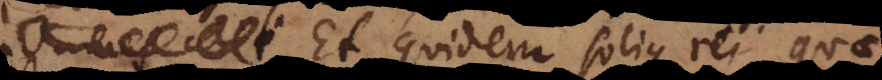
Et quidem solius rei q